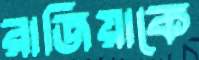
রাজিয়াকে